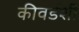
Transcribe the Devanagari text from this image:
कीवर्डशी